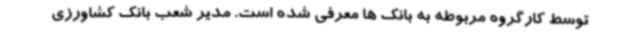
توسط کارگروه مربوطه به بانک ها معرفی شده است. مدیر شعب بانک کشاورزی